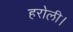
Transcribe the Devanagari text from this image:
हरोली।